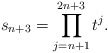
\begin{align*}s_{n+3}=\prod_{j=n+1}^{2n+3}t^j.\end{align*}